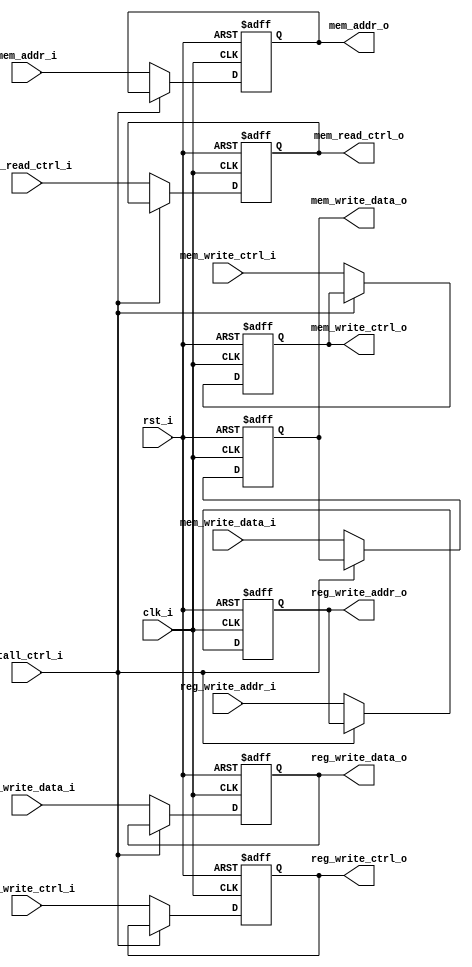
module ExToMem (
    input [4:0] reg_write_addr_i,  // Address of the register to write back.
    input reg_write_ctrl_i,  // Flag for writing back or not.
    input [31:0] reg_write_data_i,  // Data to be write back into the register.
    input [31:0] mem_addr_i,  // Address of the data memory to access.
    input mem_read_ctrl_i,  // Flag for reading the memory.
    input mem_write_ctrl_i,  // Flag for writing the memory.
    input [31:0] mem_write_data_i,  // Data to be wrote to the memory.

    output [4:0] reg_write_addr_o,  // Address of the register to be write.
    output [31:0] reg_write_data_o,  // Data to be write back into the register.
    output reg_write_ctrl_o,  // Flag for writing back or not.
    output [31:0] mem_addr_o,  // Address of the data memory to access.
    output mem_read_ctrl_o,  // Flag for reading the memory.
    output mem_write_ctrl_o,  // Flag for writing the memory.
    output [31:0] mem_write_data_o,  // Data to be wrote to the memory.

    input stall_ctrl_i,  // Stall or not.
    input rst_i,  // Reset or not.
    input clk_i  // Note: this module works at posedge.
);

reg [4:0] reg_write_addr;
reg [31:0] reg_write_data;
reg reg_write_ctrl;
reg [31:0] mem_addr;
reg mem_read_ctrl;
reg mem_write_ctrl;
reg [31:0] mem_write_data;


assign reg_write_addr_o = reg_write_addr;
assign reg_write_data_o = reg_write_data;
assign reg_write_ctrl_o = reg_write_ctrl;
assign mem_addr_o = mem_addr;
assign mem_read_ctrl_o = mem_read_ctrl;
assign mem_write_ctrl_o = mem_write_ctrl;
assign mem_write_data_o = mem_write_data;


always @ (posedge clk_i or posedge rst_i) begin
    if (rst_i) begin
        reg_write_addr <= 5'b0;
        reg_write_data <= 32'b0;
        reg_write_ctrl <= 1'b0;
        mem_addr <= 32'b0;
        mem_read_ctrl <= 1'b0;
        mem_write_ctrl <= 1'b0;
        mem_write_data <= 32'b0;
    end else begin
        if (stall_ctrl_i) begin
        end else begin
            reg_write_addr <= reg_write_addr_i;
            reg_write_data <= reg_write_data_i;
            reg_write_ctrl <= reg_write_ctrl_i;
            mem_addr <= mem_addr_i;
            mem_read_ctrl <= mem_read_ctrl_i;
            mem_write_ctrl <= mem_write_ctrl_i;
            mem_write_data <= mem_write_data_i;
        end
    end
end

endmodule